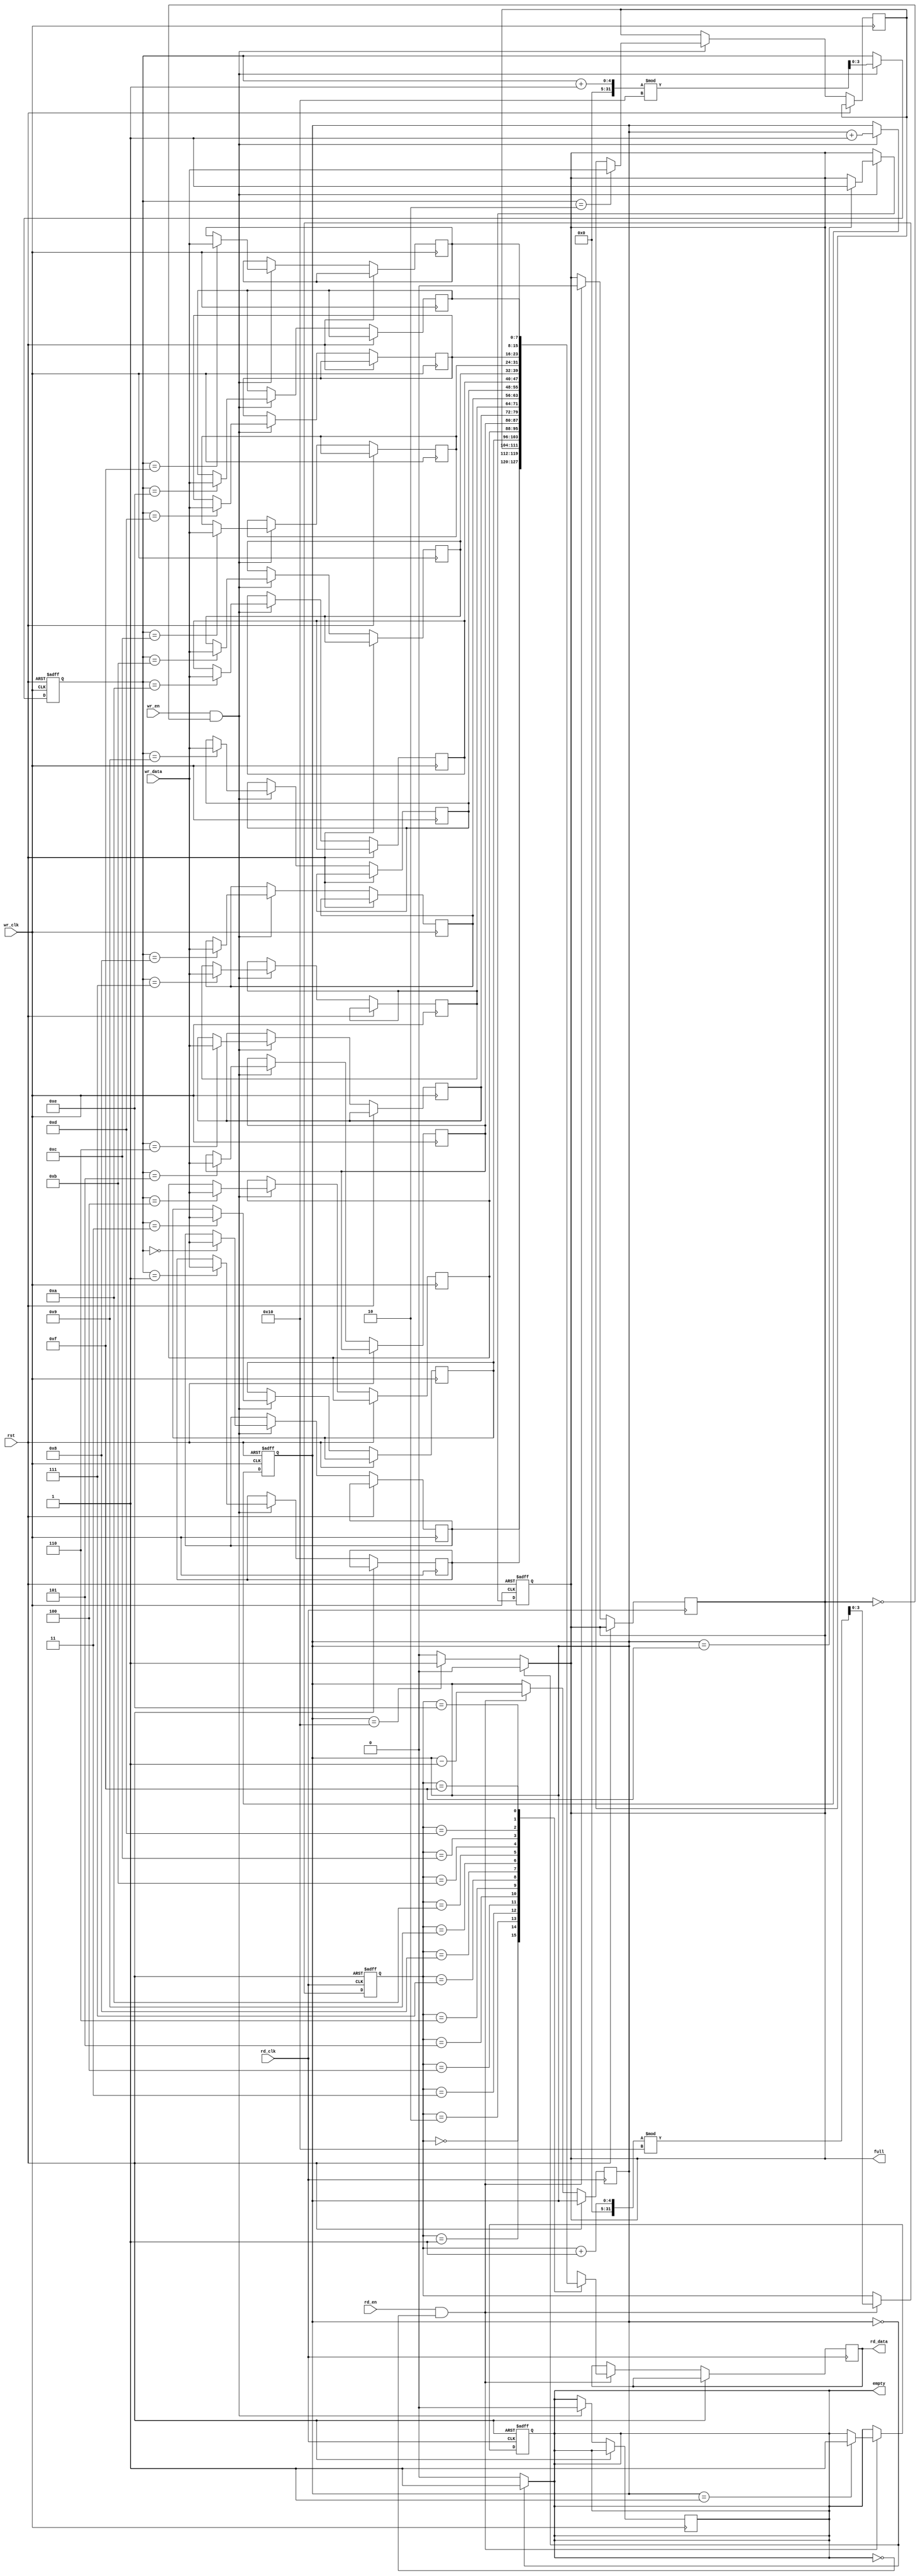
module async_fifo #(
    parameter DATA_WIDTH = 8,               // Width of data entries
    parameter FIFO_DEPTH = 16,               // Number of entries in the FIFO
    parameter ADDR_WIDTH = $clog2(FIFO_DEPTH) // Address width for the FIFO depth
)(
    input wire wr_clk,                        // Write clock
    input wire rd_clk,                        // Read clock
    input wire rst,                           // Asynchronous reset
    input wire wr_en,                         // Write enable
    input wire rd_en,                         // Read enable
    input wire [DATA_WIDTH-1:0] wr_data,     // Data input
    output reg [DATA_WIDTH-1:0] rd_data,     // Data output
    output reg full,                          // FIFO full flag
    output reg empty                          // FIFO empty flag
);

    // Memory Block
    reg [DATA_WIDTH-1:0] mem [0:FIFO_DEPTH-1];
    
    // Write Pointer and Read Pointer
    reg [ADDR_WIDTH-1:0] wr_ptr;
    reg [ADDR_WIDTH-1:0] rd_ptr;

    // Write and Read Counters
    reg [ADDR_WIDTH:0] fifo_count;

    // Gray code conversion
    function [ADDR_WIDTH-1:0] bin_to_gray;
        input [ADDR_WIDTH-1:0] bin;
        begin
            bin_to_gray = bin ^ (bin >> 1);
        end
    endfunction

    // Pointer Management
    reg [ADDR_WIDTH-1:0] wr_ptr_gray, rd_ptr_gray;
    reg [ADDR_WIDTH-1:0] wr_ptr_sync, rd_ptr_sync;

    always @(posedge wr_clk or posedge rst) begin
        if (rst) begin
            wr_ptr <= 0;
            fifo_count <= 0;
            full <= 1'b0;
        end else if (wr_en && !full) begin
            mem[wr_ptr] <= wr_data;                     // Write data
            wr_ptr <= (wr_ptr + 1) % FIFO_DEPTH;      // Increment write pointer
            fifo_count <= fifo_count + 1;               // Increment FIFO count
            if (fifo_count == FIFO_DEPTH-1) full <= 1'b1; // Set full flag
            empty <= 1'b0;                             // Clear empty flag
        end
    end

    always @(posedge rd_clk or posedge rst) begin
        if (rst) begin
            rd_ptr <= 0;
            empty <= 1'b1;
        end else if (rd_en && !empty) begin
            rd_data <= mem[rd_ptr];                   // Read data
            rd_ptr <= (rd_ptr + 1) % FIFO_DEPTH;     // Increment read pointer
            fifo_count <= fifo_count - 1;             // Decrement FIFO count
            if (fifo_count == 1) empty <= 1'b1;       // Set empty flag
            full <= 1'b0;                             // Clear full flag
        end
    end

    // Synchronizing the pointers
    always @(posedge wr_clk) begin
        wr_ptr_gray <= bin_to_gray(wr_ptr);
    end

    always @(posedge rd_clk) begin
        rd_ptr_gray <= bin_to_gray(rd_ptr);
        wr_ptr_sync <= wr_ptr_gray;  // Sync write pointer to read clock domain
    end

    // Asynchronous logic for empty/full flags
    always @(*) begin
        if (fifo_count == 0) begin
            empty = 1'b1;
            full = 1'b0;
        end else if (fifo_count == FIFO_DEPTH) begin
            full = 1'b1;
            empty = 1'b0;
        end else begin
            empty = 1'b0;
            full = 1'b0;
        end
    end

endmodule